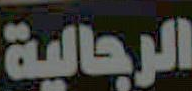
الرجالية